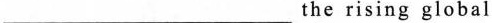
___ the rising global